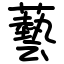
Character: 藝